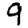
Digit: 9